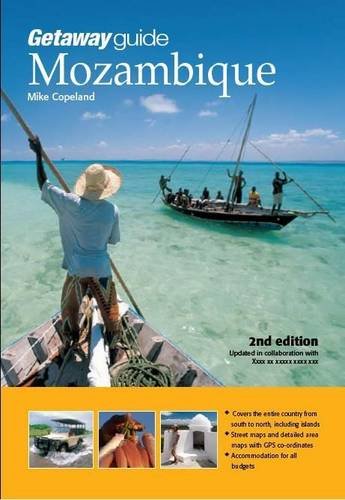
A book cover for Getaway Guide Mozambique; Mike Copeland; Travel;